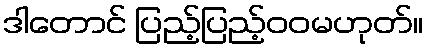
ဒါတောင် ပြည့်ပြည့်ဝဝမဟုတ်။